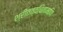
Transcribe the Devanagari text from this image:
श्रीतत्वचितामणि